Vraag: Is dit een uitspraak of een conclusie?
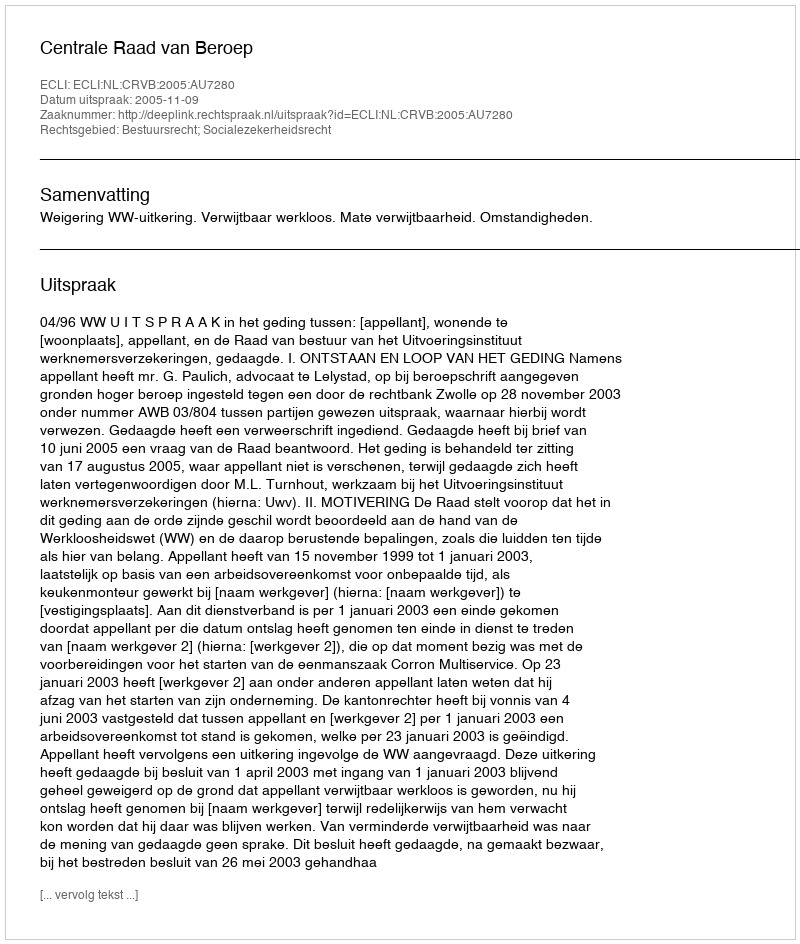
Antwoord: Uitspraak